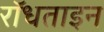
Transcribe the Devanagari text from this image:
रॉधताइन